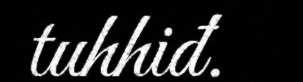
tuhhiđ.